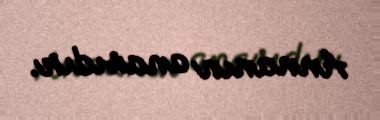
Annanın anasıdır.